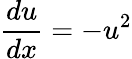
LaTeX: {\frac{du}{dx}}=-u^{2}